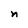
Character: n